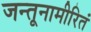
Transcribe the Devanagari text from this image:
जन्तूनामीरितं